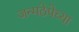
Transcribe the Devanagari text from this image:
जन्मठेपेच्या